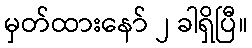
မှတ်ထားနော် ၂ ခါရှိပြီ။